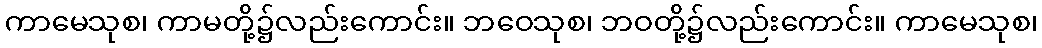
ကာမေသုစ၊ ကာမတို့၌လည်းကောင်း။ ဘဝေသုစ၊ ဘဝတို့၌လည်းကောင်း။ ကာမေသုစ၊